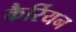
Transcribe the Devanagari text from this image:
कैर्रियन